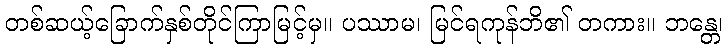
တစ်ဆယ့်ခြောက်နှစ်တိုင်ကြာမြင့်မှ။ ပဿာမ၊ မြင်ရကုန်ဘိ၏ တကား။ ဘန္တေ၊